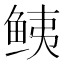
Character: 𱇧